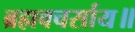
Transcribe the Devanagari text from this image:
ब्रह्मवचर्साय॥